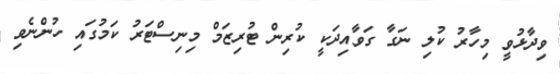
ވިދާޅުވީ މިހާރު ކުލި ނަގާ ގަވާއިދަކީ ކުރިން ޓުރިޒަމް މިނިސްޓަރު ކަމުގައި ހުންނެވި